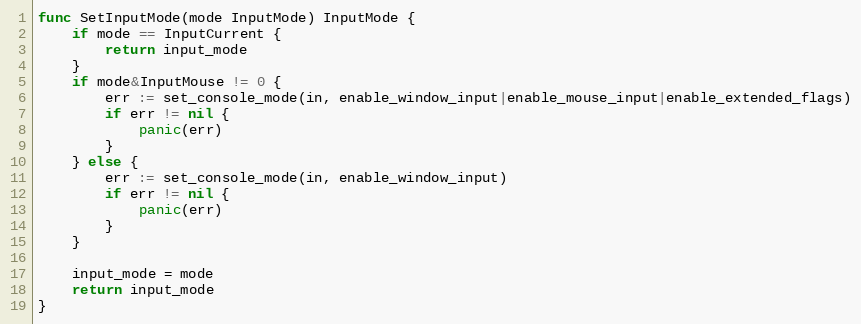
Language: Go
func SetInputMode(mode InputMode) InputMode {
	if mode == InputCurrent {
		return input_mode
	}
	if mode&InputMouse != 0 {
		err := set_console_mode(in, enable_window_input|enable_mouse_input|enable_extended_flags)
		if err != nil {
			panic(err)
		}
	} else {
		err := set_console_mode(in, enable_window_input)
		if err != nil {
			panic(err)
		}
	}

	input_mode = mode
	return input_mode
}